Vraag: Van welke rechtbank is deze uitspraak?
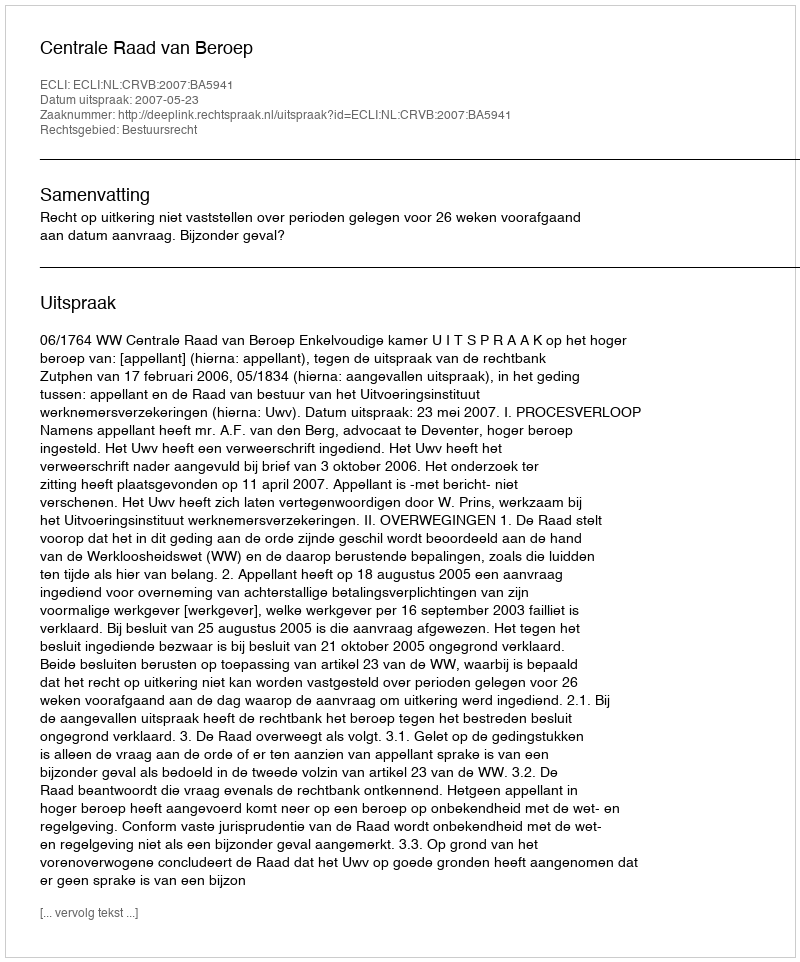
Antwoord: Centrale Raad van Beroep